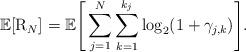
LaTeX: \begin{align*}\mathbb{E}[\mathrm{R}_{N}]=\mathbb{E}\Bigg[\sum\limits_{\substack{j=1}}^{N}\sum\limits_{k=1}^{k_{j}}\log_{2}(1+\gamma_{j,k})\Bigg]. \end{align*}